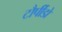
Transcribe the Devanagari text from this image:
टौर्पीडो